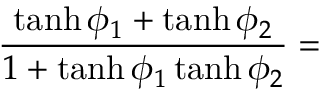
{ \frac { \operatorname { t a n h } \phi _ { 1 } + \operatorname { t a n h } \phi _ { 2 } } { 1 + \operatorname { t a n h } \phi _ { 1 } \operatorname { t a n h } \phi _ { 2 } } } =